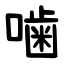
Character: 噛